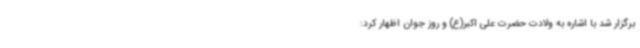
برگزار شد با اشاره به ولادت حضرت علی اکبر(ع) و روز جوان اظهار کرد: